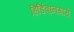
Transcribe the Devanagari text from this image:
हिडिंबानगारी